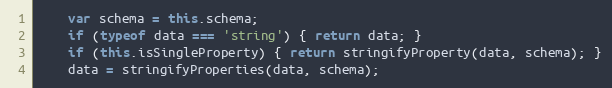
Language: JavaScript
    var schema = this.schema;
    if (typeof data === 'string') { return data; }
    if (this.isSingleProperty) { return stringifyProperty(data, schema); }
    data = stringifyProperties(data, schema);